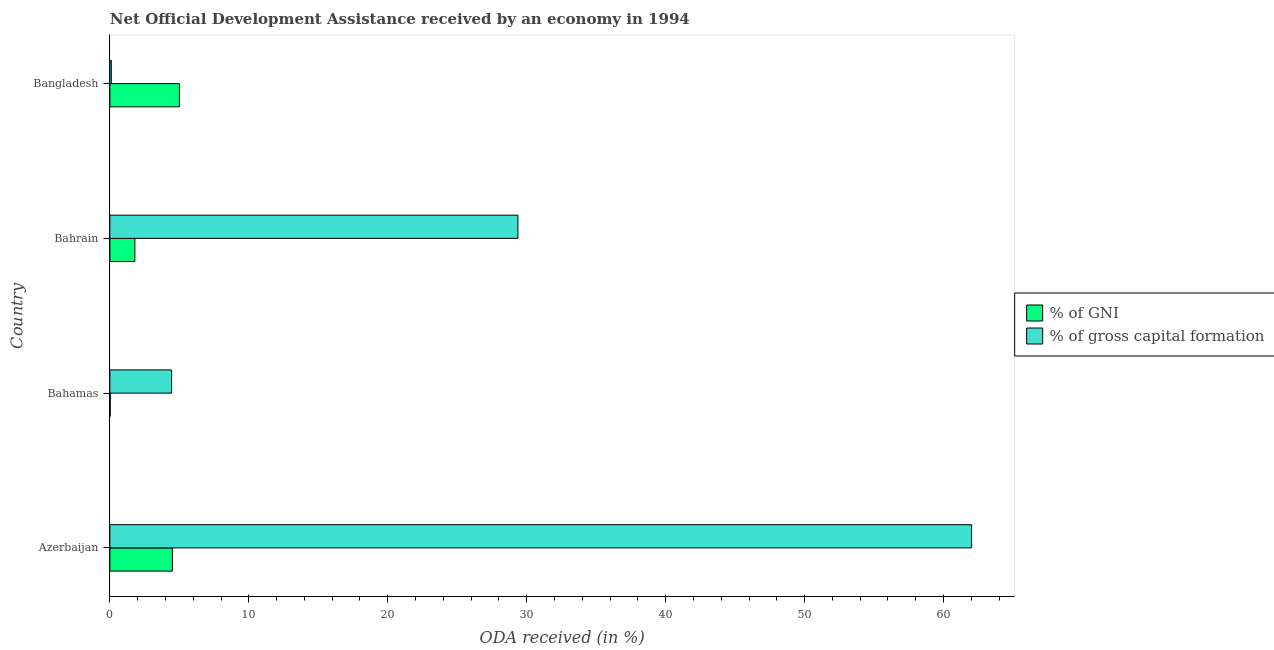
| Country | % of GNI | % of gross capital formation |
 | --- | --- | --- |
 | Azerbaijan | 4.5 | 62 |
 | Bahamas | 0.0236 | 4.44 |
 | Bahrain | 1.8 | 29.4 |
 | Bangladesh | 5 | 0.103 |